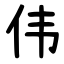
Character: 伟